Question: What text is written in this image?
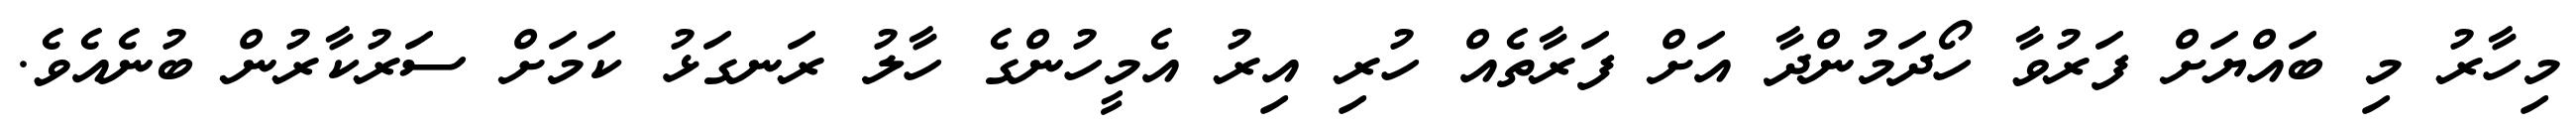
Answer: މިހާރު މި ބައްޔަށް ފަރުވާ ހޯދަމުންދާ އަށް ފަރާތެއް ހުރި އިރު އެމީހުންގެ ހާލު ރަނގަޅު ކަމަށް ސަރުކާރުން ބުނެއެވެ.